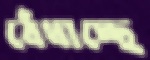
বেঁধাচ্ছে